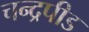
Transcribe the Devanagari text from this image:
चन्द्रपीड